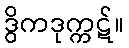
ဒွိကဒုက္ကဋ်။